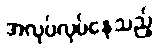
အလုပ်လုပ်နေသည့်